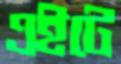
এইটে